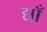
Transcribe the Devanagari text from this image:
द्याँ